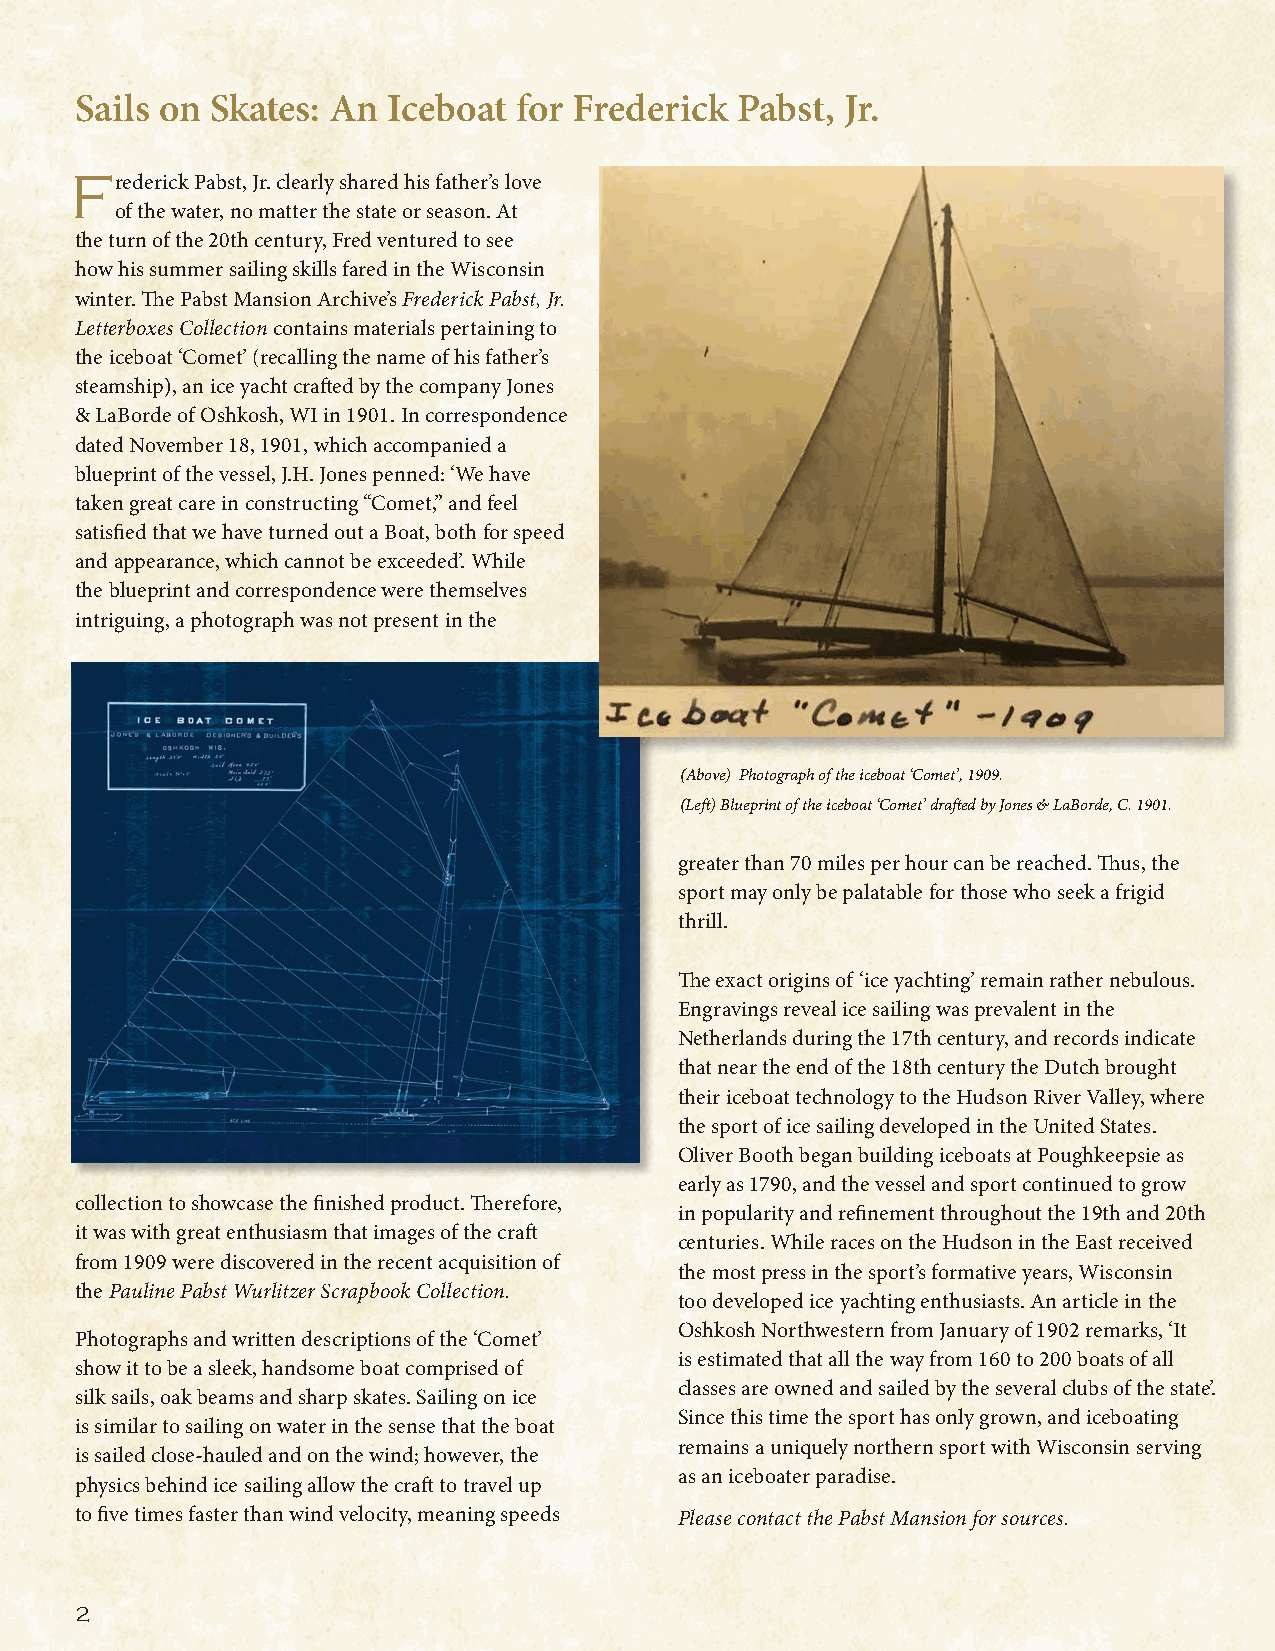
Sails on Skates: An  Iceboat for Frederick  Pabst, Jr.
 Frederick Pabst, Jr. clearly shared his father’s love
 of the water, no matter the state or season. At
 the turn of the 20th century, Fred ventured to see
 how his summer sailing skills fared in the Wisconsin
 winter. The Pabst Mansion Archive’s Frederick Pabst, Jr.
 Letterboxes Collection contains materials pertaining to
 the iceboat ‘Comet’ (recalling the name of his father’s
 steamship), an ice yacht crafted by the company Jones
 & LaBorde of Oshkosh, WI in 1901. In correspondence
 dated November 18, 1901, which accompanied a
 blueprint of the vessel, J.H. Jones penned: ‘We have
 taken great care in constructing “Comet,” and feel
 satisfied that we have turned out a Boat, both for speed
 and appearance, which cannot be exceeded’. While
 the blueprint and correspondence were themselves
 intriguing, a photograph was not present in the
 (Above) Photograph of the iceboat ‘Comet’, 1909.
 (Left) Blueprint of the iceboat ‘Comet’ drafted by Jones & LaBorde, C. 1901.
 greater than 70 miles per hour can be reached. Thus, the
 sport may only be palatable for those who seek a frigid
 thrill.
 The exact origins of ‘ice yachting’ remain rather nebulous.
 Engravings reveal ice sailing was prevalent in the
 Netherlands during the 17th century, and records indicate
 that near the end of the 18th century the Dutch brought
 their iceboat technology to the Hudson River Valley, where
 the sport of ice sailing developed in the United States.
 Oliver Booth began building iceboats at Poughkeepsie as
 early as 1790, and the vessel and sport continued to grow
 collection to showcase the finished product. Therefore,
 in popularity and refinement throughout the 19th and 20th
 it was with great enthusiasm that images of the craft
 centuries. While races on the Hudson in the East received
 from 1909 were discovered in the recent acquisition of
 the most press in the sport’s formative years, Wisconsin
 the Pauline Pabst Wurlitzer Scrapbook Collection.
 too developed ice yachting enthusiasts. An article in the
 Oshkosh Northwestern from January of 1902 remarks, ‘It
 Photographs and written descriptions of the ‘Comet’
 is estimated that all the way from 160 to 200 boats of all
 show it to be a sleek, handsome boat comprised of
 classes are owned and sailed by the several clubs of the state’.
 silk sails, oak beams and sharp skates. Sailing on ice
 Since this time the sport has only grown, and iceboating
 is similar to sailing on water in the sense that the boat
 remains a uniquely northern sport with Wisconsin serving
 is sailed close-hauled and on the wind; however, the
 as an iceboater paradise.
 physics behind ice sailing allow the craft to travel up
 to five times faster than wind velocity, meaning speeds Please contact the Pabst Mansion for sources.
 2